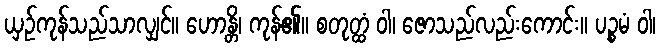
ယှဉ်ကုန်သည်သာလျှင်။ ဟောန္တိ၊ ကုန်၏။ စတုတ္ထံ ဝါ၊ ဇောသည်လည်းကောင်း။ ပဉ္စမံ ဝါ၊